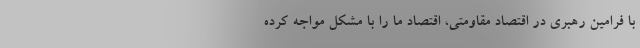
با فرامین رهبری در اقتصاد مقاومتی، اقتصاد ما را با مشکل مواجه کرده